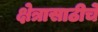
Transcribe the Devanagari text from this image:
क्षेत्रासाठीचे